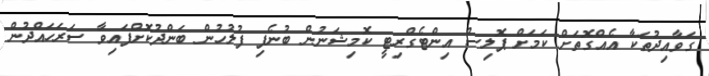
ގަވާއިދުތަކާ އެއްގޮތަށް ކަމަށް ޕޮލިސް އިންޓެގްރިޓީ ކޮމިޝަނުން ބުނެފި ފުލުހުން ބަންދުކޮށްފައިވާ ސަރަހައްދުން